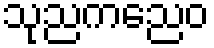
သုညကညေဝ